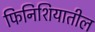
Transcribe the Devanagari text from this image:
फिनिशियातील